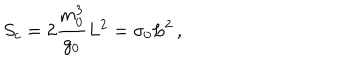
S _ { c } = 2 \frac { m _ { 0 } ^ { 3 } } { g _ { 0 } } L ^ { 2 } = \sigma _ { 0 } L ^ { 2 } \, ,